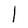
Character: l